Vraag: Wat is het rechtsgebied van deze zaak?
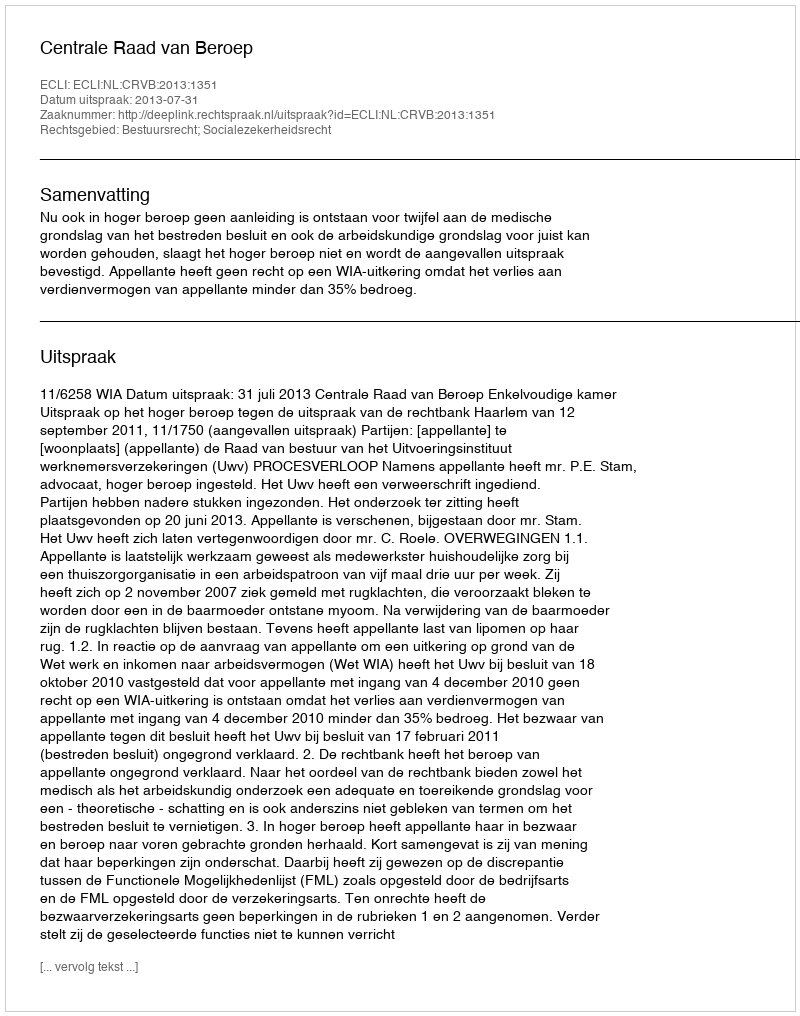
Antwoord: Bestuursrecht; Socialezekerheidsrecht